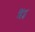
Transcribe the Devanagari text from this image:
हिंट्स